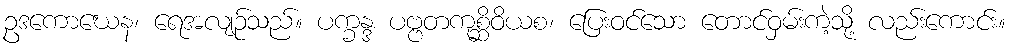
ဥဒကောဃေန၊ ရေအလျဉ်သည်။ ပက္ခန္ဒ ပဗ္ဗတကုစ္ဆိဝိယစ၊ ပြေးဝင်သော တောင်ဝှမ်းကဲ့သို့ လည်းကောင်း။